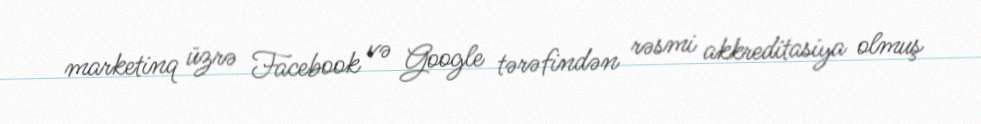
marketinq üzrə Facebook və Google tərəfindən rəsmi akkreditasiya olmuş